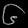
Digit: ၆